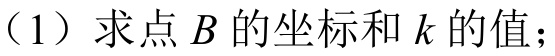
（1）求点\(B\)的坐标和\(k\)的值；